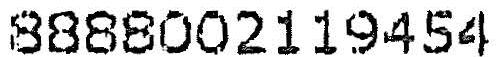
8888002119454